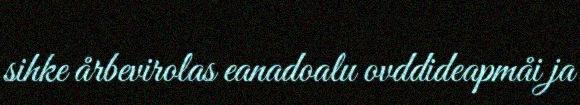
sihke årbevirolas eanadoalu ovddideapmåi ja